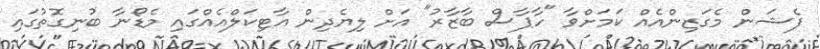
ފެޝަން މެގަޒިންއެއް ކަމަށްވާ "ހާޕާސް ބާޒާރު" އަށް ލިޔެދިން އާޓިކަލްއެއްގައި މެޑޯނާ ބުނިގޮތުގައި